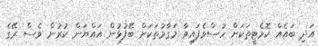
އަދި ބައެއް ކޮމެޓީތަކަށް ހުސްވެފައިވާ މަގާމުތަކަށް ބޭފުޅުން އައްޔަން ކުރުން ވެސް ރޭގެ